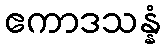
ဧကာဒသန္နံ